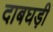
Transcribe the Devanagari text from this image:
दाबघड़ी